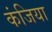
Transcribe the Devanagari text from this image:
कंजिया